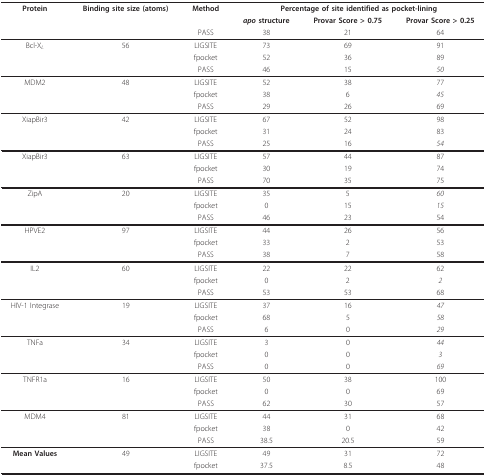
<table><thead><tr><td><b>Protein</b></td><td><b>Binding site size (atoms)</b></td><td><b>Method</b></td><td colspan="3"><b>Percentage of site identified as pocket-lining</b></td></tr><tr><td></td><td></td><td></td><td><b><i>apo </i>structure</b></td><td><b>Provar Score &gt; 0.75</b></td><td><b>Provar Score &gt; 0.25</b></td></tr><tr><td></td><td></td><td><b>PASS</b></td><td><b>38</b></td><td><b>21</b></td><td><b>64</b></td></tr></thead><tbody><tr><td>Bcl-X<i><sub>L</sub></i></td><td>56</td><td>LIGSITE</td><td>73</td><td>69</td><td>91</td></tr><tr><td></td><td></td><td>fpocket</td><td>52</td><td>36</td><td>89</td></tr><tr><td></td><td></td><td>PASS</td><td>46</td><td>15</td><td><i>50</i></td></tr><tr><td>MDM2</td><td>48</td><td>LIGSITE</td><td>52</td><td>38</td><td>77</td></tr><tr><td></td><td></td><td>fpocket</td><td>38</td><td>6</td><td><i>45</i></td></tr><tr><td></td><td></td><td>PASS</td><td>29</td><td>26</td><td>69</td></tr><tr><td>XiapBir3</td><td>42</td><td>LIGSITE</td><td>67</td><td>52</td><td>98</td></tr><tr><td></td><td></td><td>fpocket</td><td>31</td><td>24</td><td>83</td></tr><tr><td></td><td></td><td>PASS</td><td>25</td><td>16</td><td><i>54</i></td></tr><tr><td>XiapBir3</td><td>63</td><td>LIGSITE</td><td>57</td><td>44</td><td>87</td></tr><tr><td></td><td></td><td>fpocket</td><td>30</td><td>19</td><td>74</td></tr><tr><td></td><td></td><td>PASS</td><td>70</td><td>35</td><td>75</td></tr><tr><td>ZipA</td><td>20</td><td>LIGSITE</td><td>35</td><td>5</td><td><i>60</i></td></tr><tr><td></td><td></td><td>fpocket</td><td>0</td><td>15</td><td><i>15</i></td></tr><tr><td></td><td></td><td>PASS</td><td>46</td><td>23</td><td>54</td></tr><tr><td>HPVE2</td><td>97</td><td>LIGSITE</td><td>44</td><td>26</td><td>56</td></tr><tr><td></td><td></td><td>fpocket</td><td>33</td><td>2</td><td>53</td></tr><tr><td></td><td></td><td>PASS</td><td>38</td><td>7</td><td>58</td></tr><tr><td>IL2</td><td>60</td><td>LIGSITE</td><td>22</td><td>22</td><td>62</td></tr><tr><td></td><td></td><td>fpocket</td><td>0</td><td>2</td><td><i>2</i></td></tr><tr><td></td><td></td><td>PASS</td><td>53</td><td>53</td><td>68</td></tr><tr><td>HIV-1 Integrase</td><td>19</td><td>LIGSITE</td><td>37</td><td>16</td><td><i>47</i></td></tr><tr><td></td><td></td><td>fpocket</td><td>68</td><td>5</td><td><i>58</i></td></tr><tr><td></td><td></td><td>PASS</td><td>6</td><td>0</td><td><i>29</i></td></tr><tr><td>TNFa</td><td>34</td><td>LIGSITE</td><td>3</td><td>0</td><td><i>44</i></td></tr><tr><td></td><td></td><td>fpocket</td><td>0</td><td>0</td><td><i>3</i></td></tr><tr><td></td><td></td><td>PASS</td><td>0</td><td>0</td><td><i>69</i></td></tr><tr><td>TNFR1a</td><td>16</td><td>LIGSITE</td><td>50</td><td>38</td><td>100</td></tr><tr><td></td><td></td><td>fpocket</td><td>0</td><td>0</td><td>69</td></tr><tr><td></td><td></td><td>PASS</td><td>62</td><td>30</td><td>57</td></tr><tr><td>MDM4</td><td>81</td><td>LIGSITE</td><td>44</td><td>31</td><td>68</td></tr><tr><td></td><td></td><td>fpocket</td><td>38</td><td>0</td><td>42</td></tr><tr><td></td><td></td><td>PASS</td><td>38.5</td><td>20.5</td><td>59</td></tr><tr><td><b>Mean Values</b></td><td>49</td><td>LIGSITE</td><td>49</td><td>31</td><td>72</td></tr><tr><td></td><td></td><td>fpocket</td><td>37.5</td><td>8.5</td><td>48</td></tr></tbody></table>